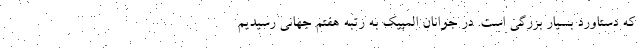
که دستاورد بسیار بزرگی است. در جوانان المپیک به رتبه هفتم جهانی رسیدیم